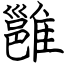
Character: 雝